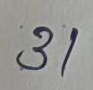
31